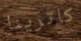
كاترينا